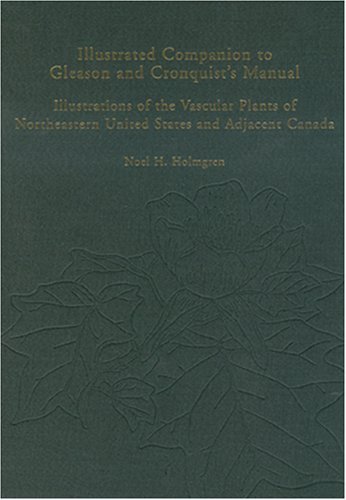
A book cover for Illustrated Companion to Gleason and Cronquist's Manual: Illustrations of the Vascular Plants of Northeastern United States and Adjacent Canada; Noel H. Holmgren; Patricia K. Holmgren; Henry A. Gleason; Crafts, Hobbies & Home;